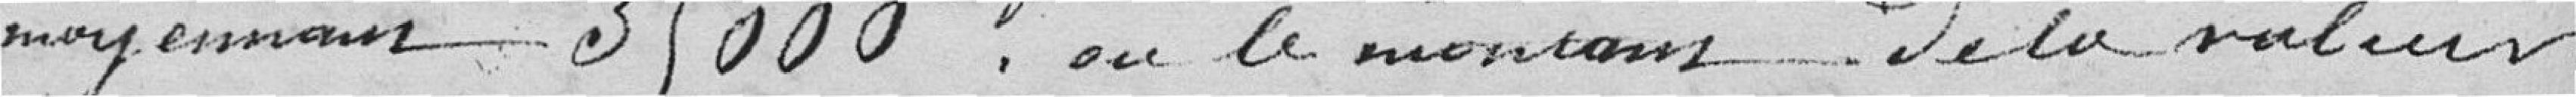
moyennant 35000 francs ou le montant de la valeur